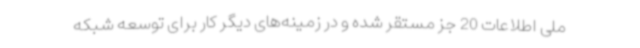
ملی اطلاعات 20 جز مستقر شده و در زمینه‌های دیگر کار برای توسعه شبکه